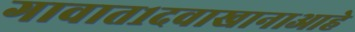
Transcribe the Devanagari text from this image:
गावात१दवाखानाआहे